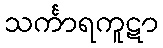
သင်္ကာရကူဋာ